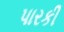
પારકી